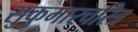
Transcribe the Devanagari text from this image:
सुकुमारचरित्र